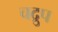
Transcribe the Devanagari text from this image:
चद्रुप